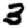
Digit: 3